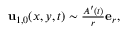
\begin{array} { r } { \mathbf { u } _ { 1 , 0 } ( x , y , t ) \sim \frac { A ^ { \prime } ( t ) } { r } \mathbf { e } _ { r } , } \end{array}